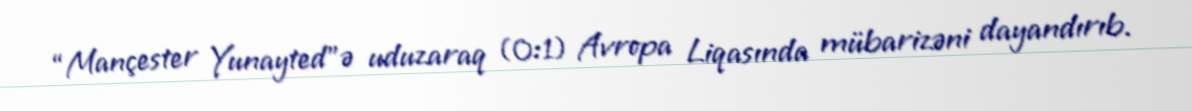
“Mançester Yunayted”ə uduzaraq (0:1) Avropa Liqasında mübarizəni dayandırıb.